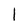
Character: I